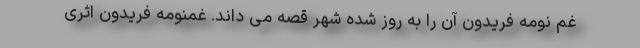
غم نومه فریدون آن را به روز شده شهر قصه می داند. غمنومه فریدون اثری